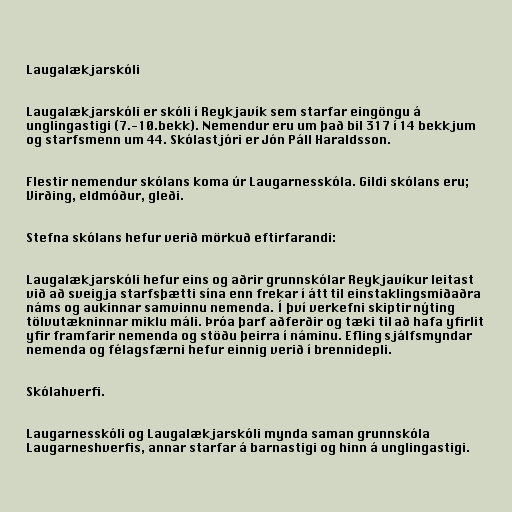
Laugalækjarskóli

Laugalækjarskóli er skóli í Reykjavík sem starfar eingöngu á
unglingastigi (7.-10.bekk). Nemendur eru um það bil 317 í 14 bekkjum
og starfsmenn um 44. Skólastjóri er Jón Páll Haraldsson.

Flestir nemendur skólans koma úr Laugarnesskóla. Gildi skólans eru;
Virðing, eldmóður, gleði.

Stefna skólans hefur verið mörkuð eftirfarandi:

Laugalækjarskóli hefur eins og aðrir grunnskólar Reykjavíkur leitast
við að sveigja starfsþætti sína enn frekar í átt til einstaklingsmiðaðra
náms og aukinnar samvinnu nemenda. Í því verkefni skiptir nýting
tölvutækninnar miklu máli. Þróa þarf aðferðir og tæki til að hafa yfirlit
yfir framfarir nemenda og stöðu þeirra í náminu. Efling sjálfsmyndar
nemenda og félagsfærni hefur einnig verið í brennidepli.

Skólahverfi.

Laugarnesskóli og Laugalækjarskóli mynda saman grunnskóla
Laugarneshverfis, annar starfar á barnastigi og hinn á unglingastigi.